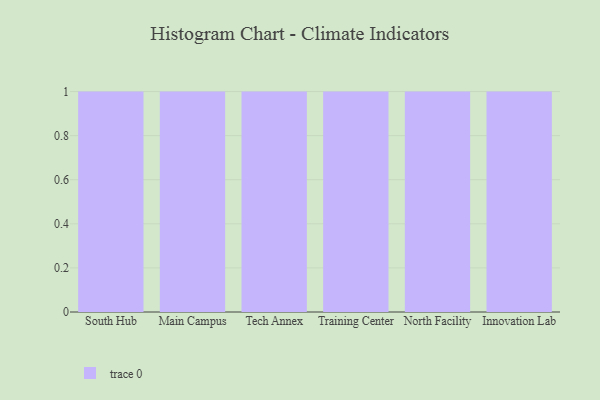
{"axis": {"x": "Campus", "y": "Customer Acquisition Cost (USD)"}, "legend": [""], "data": [{"x": "South Hub", "y": 51, "type": ""}, {"x": "Main Campus", "y": 76, "type": ""}, {"x": "Tech Annex", "y": 71, "type": ""}, {"x": "Training Center", "y": 78, "type": ""}, {"x": "North Facility", "y": 24, "type": ""}, {"x": "Innovation Lab", "y": 85, "type": ""}]}